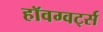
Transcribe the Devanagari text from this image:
हॉवग्वर्ट्स